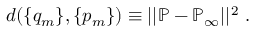
d ( \{ q _ { m } \} , \{ p _ { m } \} ) \equiv | | { \mathbb { P } } - { \mathbb { P } _ { \infty } } | | ^ { 2 } \ .